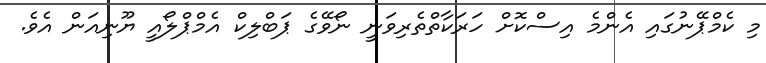
މި ކެމްޕޭނުގައި އެންމެ އިސްކޮށް ހަރަކާތްތެރިވަނީ ނޯވޭގެ ޕަބްލިކް އެމްޕްލޯއީ ޔޫނިއަން އެވެ.